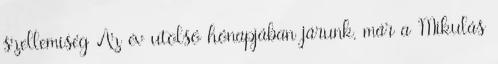
szellemiség Az év utolsó hónapjában járunk, már a Mikulás